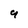
Character: 9